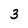
Character: 3